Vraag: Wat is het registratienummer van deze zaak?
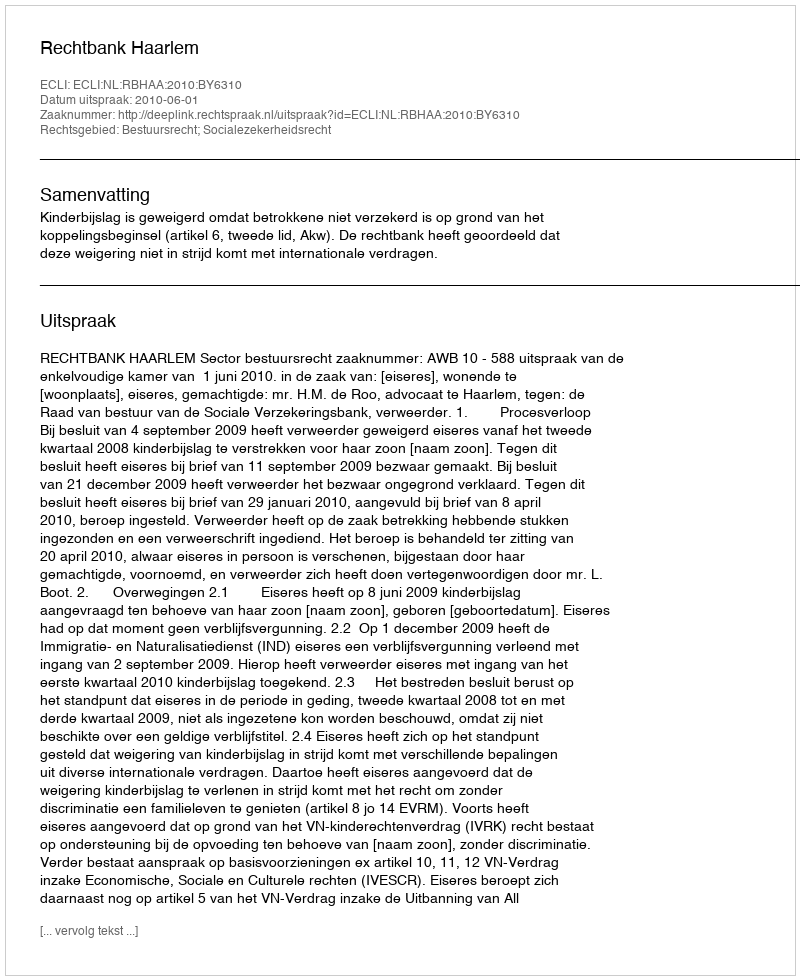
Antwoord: http://deeplink.rechtspraak.nl/uitspraak?id=ECLI:NL:RBHAA:2010:BY6310